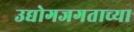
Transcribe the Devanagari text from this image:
उद्योगजगताच्या